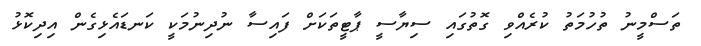
ތަސްމީނު ތުހުމަތު ކުރެއްވި ގޮތުގައި ސިޔާސީ ޕާޓީތަކަށް ފައިސާ ނުދިނުމަކީ ކަނޑައެޅިގެން އިދިކޮޅު